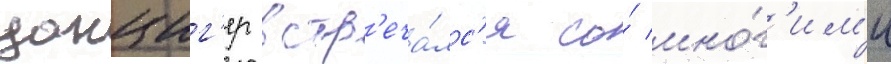
данциг'ер встр'еча́лс'я со́ мно́г'им'и